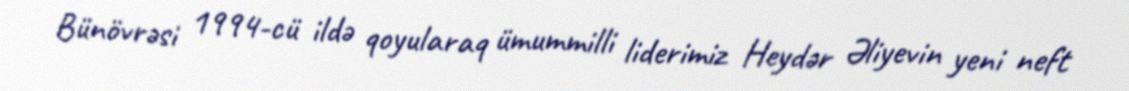
Bünövrəsi 1994-cü ildə qoyularaq ümummilli liderimiz Heydər Əliyevin yeni neft